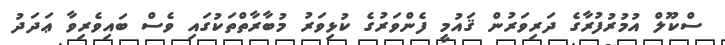
ސްކޫލް އުމުރުފުރާގެ ދަރިވަރުން ޤައުމީ ފެންވަރުގެ ކުޅިވަރު މުބާރާތްތަކުގައި ވެސް ބައިވެރިވާ ޢަދަދު